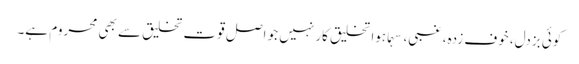
کوئی بزدل، خوف زدہ، غبی، سہماہوا تخلیق کار نہیں جو اصل قوت تخلیق سے بھی محروم ہے۔